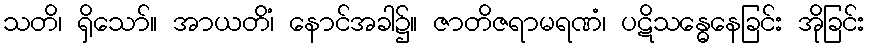
သတိ၊ ရှိသော်။ အာယတိံ၊ နောင်အခါ၌။ ဇာတိဇရာမရဏံ၊ ပဋိသန္ဓေနေခြင်း အိုခြင်း